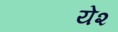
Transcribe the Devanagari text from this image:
ये२